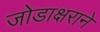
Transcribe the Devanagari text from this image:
जोडाक्षराने